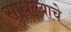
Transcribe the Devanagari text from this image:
साधल्याचे